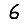
Digit: 6